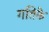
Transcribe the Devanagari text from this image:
गतिके